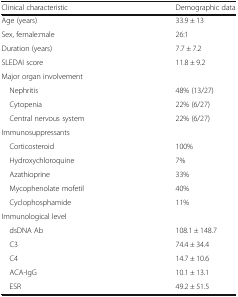
<table><thead><tr><td><b>Clinical characteristic</b></td><td><b>Demographic data</b></td></tr></thead><tbody><tr><td>Age (years)</td><td>33.9 ± 13</td></tr><tr><td>Sex, female:male</td><td>26:1</td></tr><tr><td>Duration (years)</td><td>7.7 ± 7.2</td></tr><tr><td>SLEDAI score</td><td>11.8 ± 9.2</td></tr><tr><td colspan="2">Major organ involvement</td></tr><tr><td> Nephritis</td><td>48% (13/27)</td></tr><tr><td> Cytopenia</td><td>22% (6/27)</td></tr><tr><td> Central nervous system</td><td>22% (6/27)</td></tr><tr><td colspan="2">Immunosuppressants</td></tr><tr><td> Corticosteroid</td><td>100%</td></tr><tr><td> Hydroxychloroquine</td><td>7%</td></tr><tr><td> Azathioprine</td><td>33%</td></tr><tr><td> Mycophenolate mofetil</td><td>40%</td></tr><tr><td> Cyclophosphamide</td><td>11%</td></tr><tr><td colspan="2">Immunological level</td></tr><tr><td> dsDNA Ab</td><td>108.1 ± 148.7</td></tr><tr><td> C3</td><td>74.4 ± 34.4</td></tr><tr><td> C4</td><td>14.7 ± 10.6</td></tr><tr><td> ACA-IgG</td><td>10.1 ± 13.1</td></tr><tr><td> ESR</td><td>49.2 ± 51.5</td></tr></tbody></table>